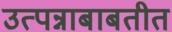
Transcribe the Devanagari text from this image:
उत्पन्नाबाबतीत